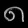
Digit: ၈